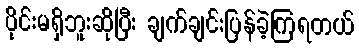
ပိုင်းမရှိဘူးဆိုပြီး ချက်ချင်းပြန်ခဲ့ကြရတယ်